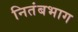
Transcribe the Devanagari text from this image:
नितंबभाग